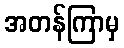
အတန်ကြာမှ